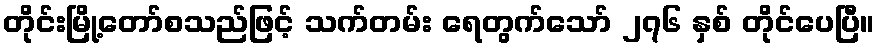
တိုင်းမြို့တော်စသည်ဖြင့် သက်တမ်း ရေတွက်သော် ၂၇၆ နှစ် တိုင်ပေပြီ။